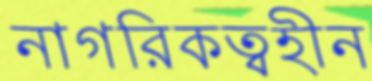
নাগরিকত্বহীন